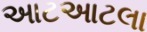
આટઆટલા